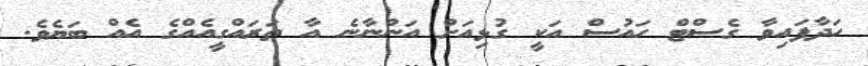
ހަދާފައިވާ ގެސްޓް ހައުސް އަކީ ގުޅިއަށް އަންނާނެ އާ ތަރައްގީއެއްގެ އެއް ބަޔެވެ.